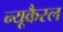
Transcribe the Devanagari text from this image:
न्यूकैस्ल